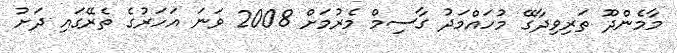
މާމެންދޫ ތަރިވިދާގޭ މުހައްމަދު ގާސިމް މެރުމަށް 2008 ވަނަ އަހަރުގެ ތެރޭގައި ދަށު